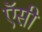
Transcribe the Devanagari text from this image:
ऍसी